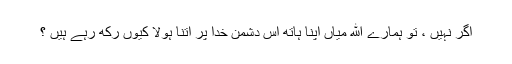
اگر نہیں ، تو ہمارے الله میاں اپنا ہاتھ اس دشمن خدا پر اتنا ہولا کیوں رکھ رہے ہیں ؟